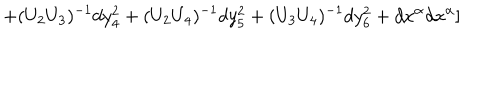
+ ( U _ { 2 } U _ { 3 } ) ^ { - 1 } d y _ { 4 } ^ { 2 } + ( U _ { 2 } U _ { 4 } ) ^ { - 1 } d y _ { 5 } ^ { 2 } + ( U _ { 3 } U _ { 4 } ) ^ { - 1 } d y _ { 6 } ^ { 2 } + d x ^ { \alpha } d x ^ { \alpha } ]